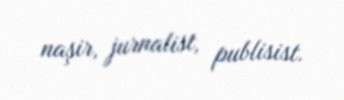
naşir, jurnalist, publisist.